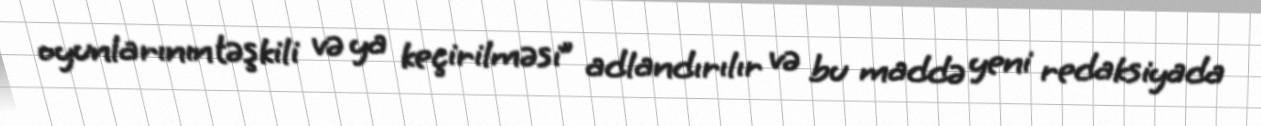
oyunlarının təşkili və ya keçirilməsi” adlandırılır və bu maddə yeni redaksiyada